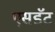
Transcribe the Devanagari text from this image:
एसडॅट